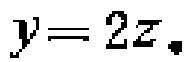
$y = 2z$.